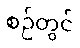
စဉ်တွင်